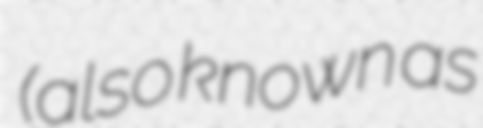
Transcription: (also known as